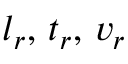
l _ { r } , \, t _ { r } , \, v _ { r }